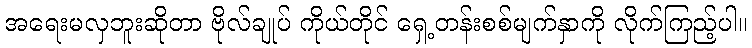
အရေးမလှဘူးဆိုတာ ဗိုလ်ချုပ် ကိုယ်တိုင် ရှေ့တန်းစစ်မျက်နှာကို လိုက်ကြည့်ပါ။